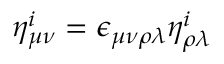
\eta _ { \mu \nu } ^ { i } = \epsilon _ { \mu \nu \rho \lambda } \eta _ { \rho \lambda } ^ { i }